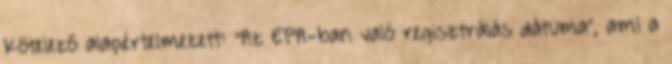
Kötelező alapértelmezett: "Az EPA-ban való regisztrálás dátuma", ami a